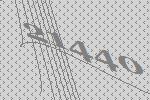
21440